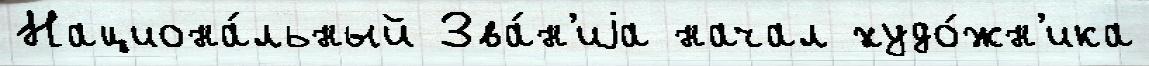
Национа́льный Зва́н'иjа начал худо́жн'ика